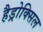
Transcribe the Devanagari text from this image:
हैड्रोक्सिल